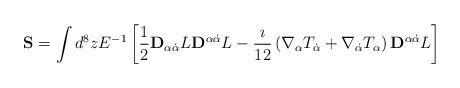
LaTeX: \begin{align*} {\bf S} = \int d^8zE^{-1}\left[\frac{1}{2}{\bf D}_{\alpha\dot{\alpha}}L{\bf D}^{\alpha\dot{\alpha}}L -\frac{\imath}{12}\left(\nabla_{\alpha}T_{\dot{\alpha}} + \nabla_{\dot{\alpha}}T_{\alpha}\right){\bf D}^{\alpha\dot{\alpha}}L\right]\end{align*}